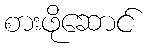
စားဖိုဆောင်